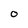
Character: O